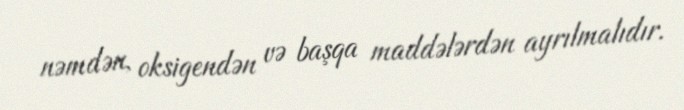
nəmdən, oksigendən və başqa maddələrdən ayrılmalıdır.